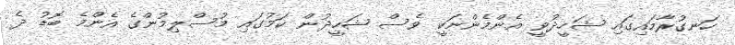
ހަނގުރާމައިގައި ޝަހީދުވީ އެންމެންނަކީ ވެސް ޝަހީދުން ކަމުގައި މުސްލިމުންގެ އެންމެ ބޮޑު ދެ